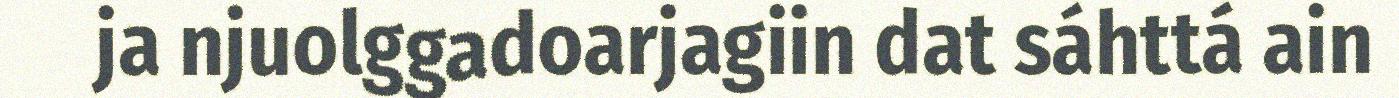
ja njuolggadoarjagiin dat sáhttá ain